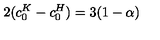
2 ( c _ { 0 } ^ { K } - c _ { 0 } ^ { H } ) = 3 ( 1 - \alpha )